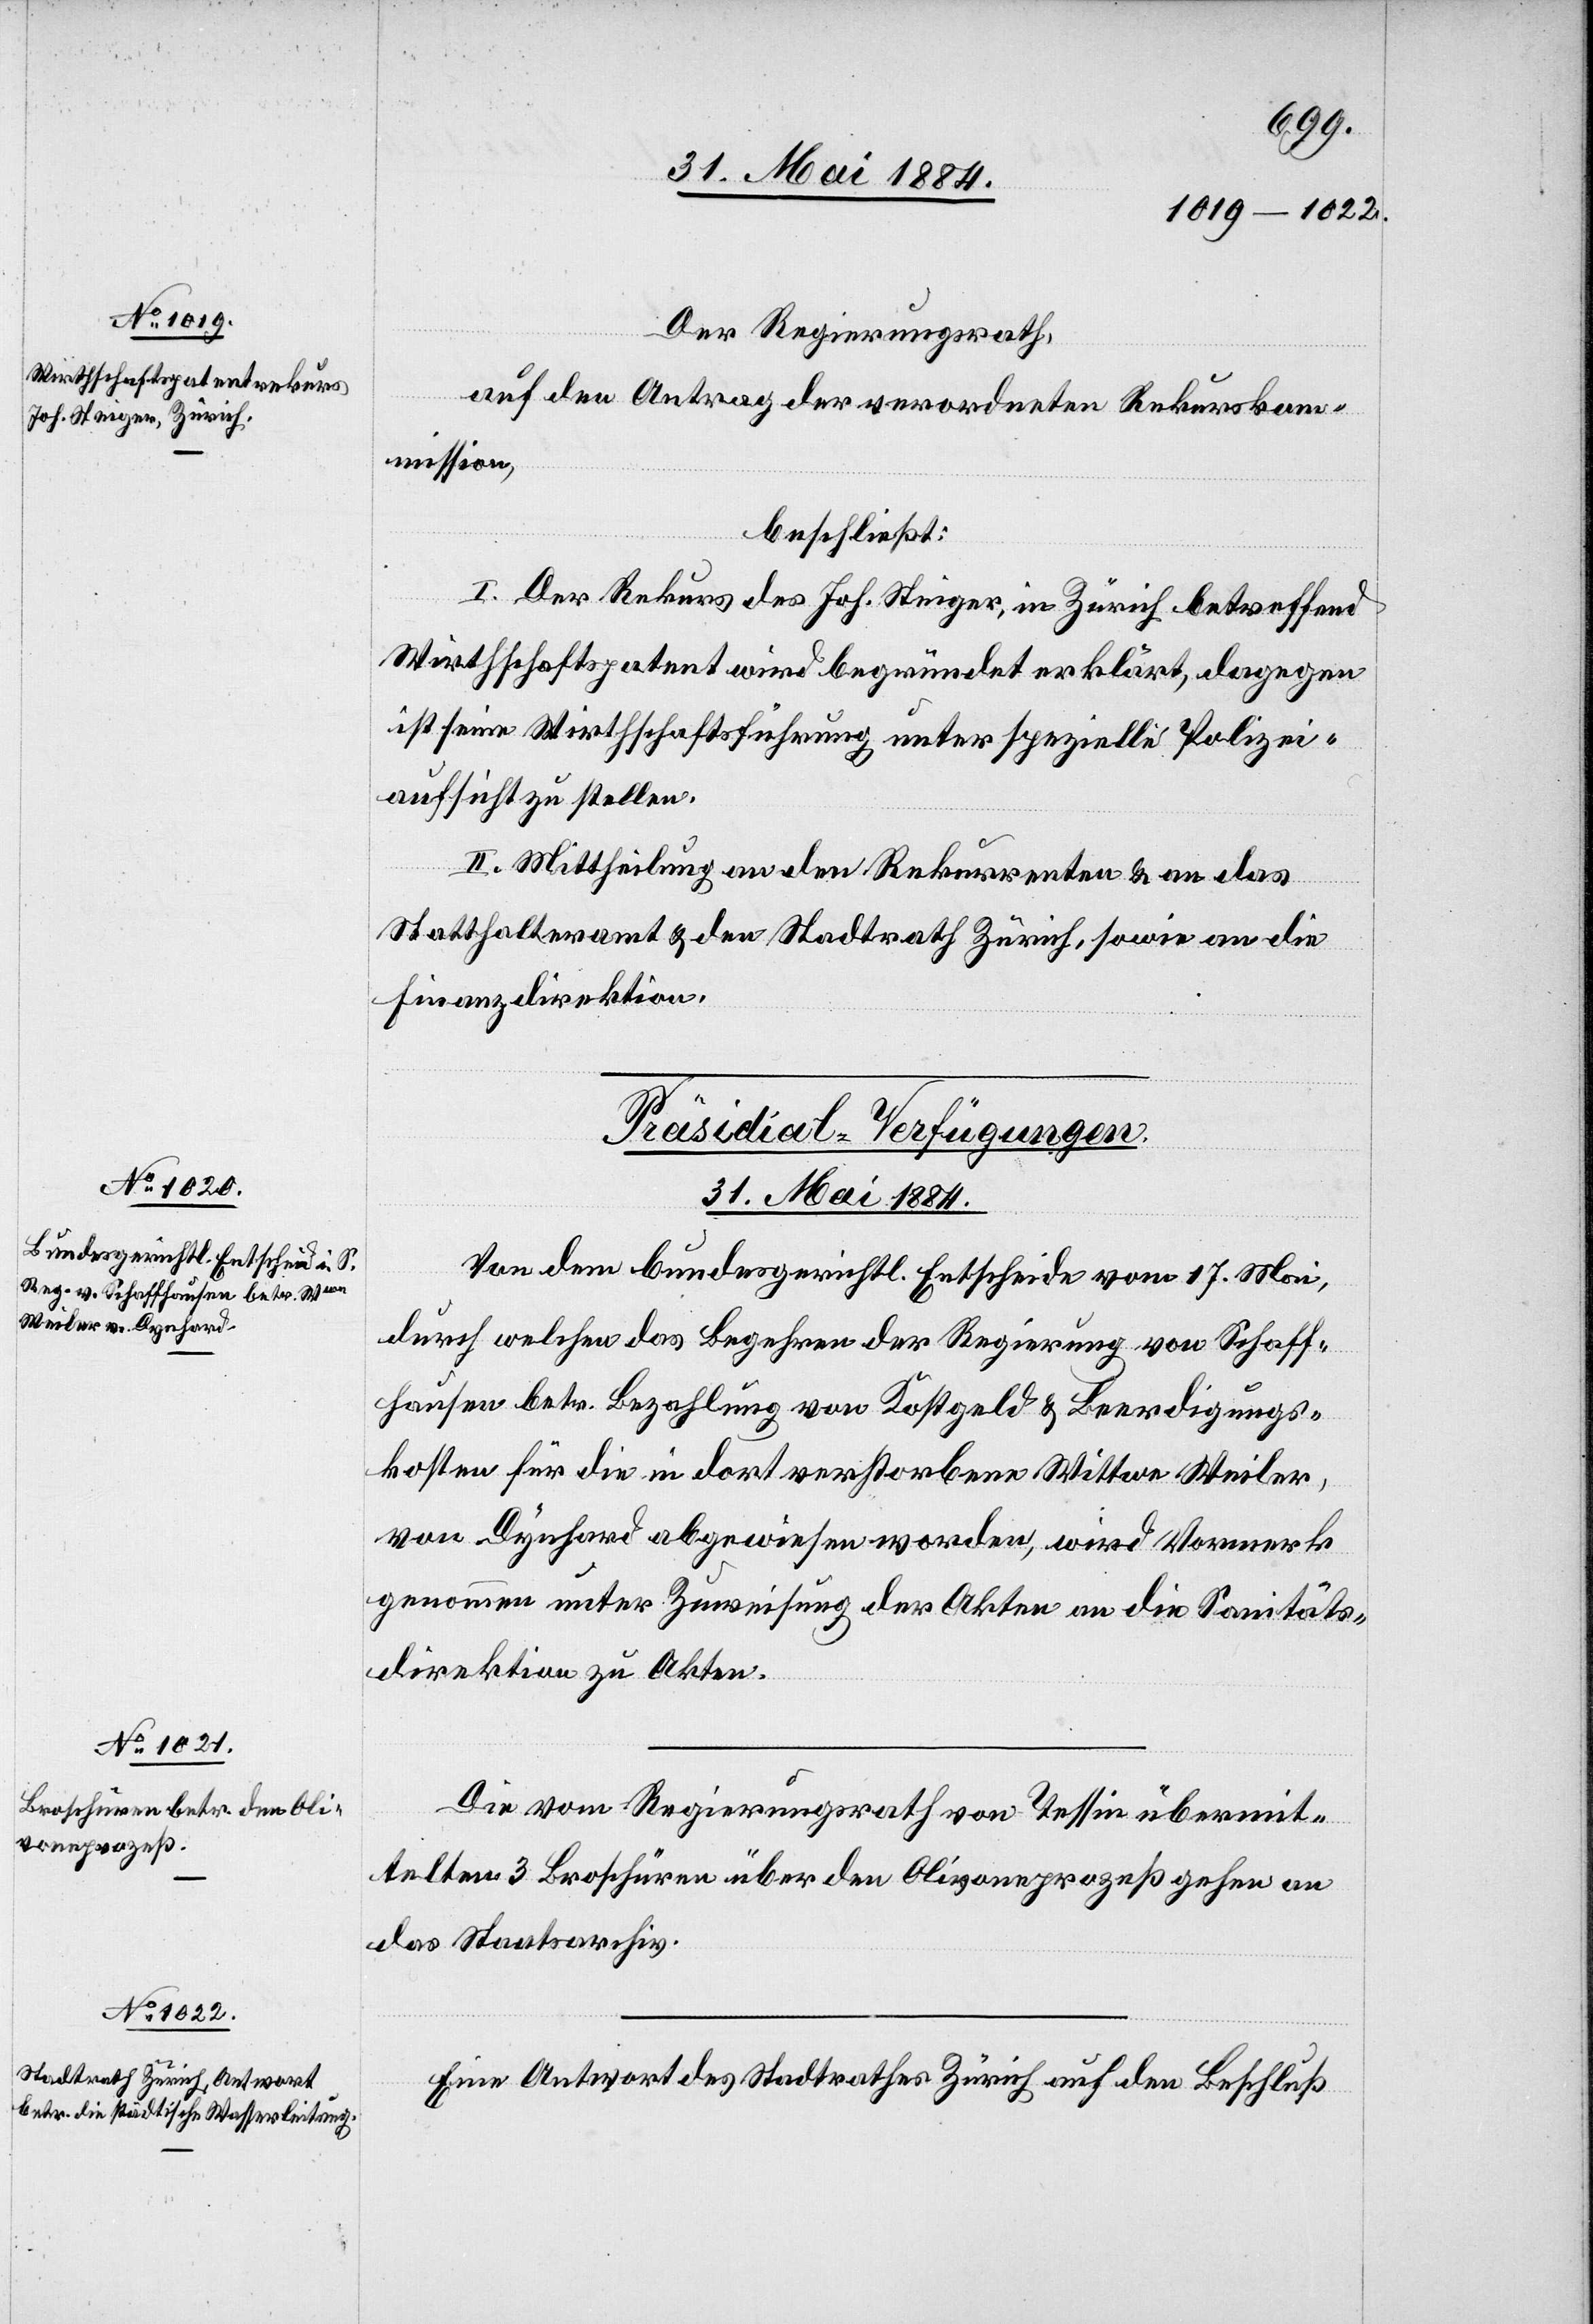
31. Mai 1884.]
Der Regierungsrath,
auf den Antrag der verordneten Rekurskom¬
mission,
beschließt:
I. Der Rekurs des Joh. Steiger, in Zürich betreffend
Wirthschaftspatent wird begründet erklärt, dagegen
ist seine Wirthschaftsführung unter spezielle Polizei¬
aufsicht zu stellen.
II. Mittheilung an den Rekurrenten & an das
Statthalteramt & den Stadtrath Zürich, sowie an die
Finanzdirektion.
[Präsidial-Verfügungen.
Von dem bundesgerichtl. Entscheid vom 17. Mai,
durch welchen das Begehren der Regierung von Schaff¬
hausen betr. Bezahlung von Kostgeld & Beerdigungs¬
kosten für die in der dort verstorbenen Wittwe Weiler,
von Dynhard abgewiesen worden, wird Vormerk
genommen unter Zuweisung der Akten an die Sanitäts¬
direktion zu Akten.
Die vom Regierungsrath von Tessin übermit¬
telten 3 Broschüren über den Olivoneprozeß gehen an
das Staatsarchiv.
Eine Antwort des Stadtrathes Zürich auf den Beschluß